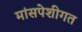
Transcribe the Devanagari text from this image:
मांसपेशीगत